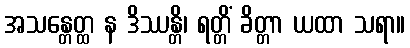
အသန္တေတ္ထ န ဒိဿန္တိ၊ ရတ္တိံ ခိတ္တာ ယထာ သရာ။